Annual vaccination report of Bihar and Orissa - 1911-1928
Year: 1911
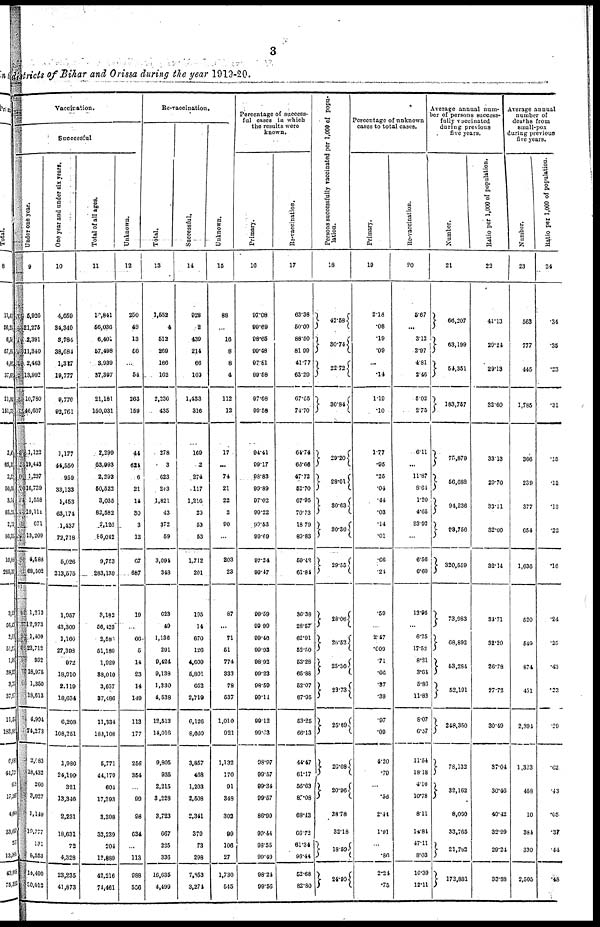
3
districts of Bihar and Orissa during the year 1919-20.
Vaccination.
Successful
Under one year.
9
5,926
21,275
2,391
11,340
2,463
13,992
10,780
46,607
1,122
19,443
1,237
16,739
1,558
19,111
671
13,209
4,588
68,502
1,213
12,973
1,409
23,712
932
18,975
1,350
18,613
4,904
74,273
2,083
18,432
260
3,027
1,140
10,777
131
8,553
14,400
30,012
One year and under six years.
10
4,659
34,340
3,784
38,684
1,327
19,777
9,776
92,761
1,177
44,550
959
33,133
1,453
63,174
1,437
72,718
5,026
213,575
1,957
43,309
1,166
27,398
972
18,910
2,119
18,634
6,208
108,251
1,980
24,199
321
13,346
2,231
18,631
72
4,328
23,235
41,873
Total of all ages.
11
10,841
56,036
6,401
57,498
3,939
37,397
21,181
150,031
2,299
63,993
2,293
50,522
3,035
82,582
2,126
56,042
9,753
283,139
3,182
56,423
2,581
51,189
1,929
38,010
3,637
37,486
11,334
183,108
5,771
44,179
604
17,393
3,398
32,239
204
12,889
42,216
74,461
Unknown.
12
250
49
13
56
...
54
263
159
44
624
6
21
14
30
3
12
67
687
19
...
66
5
14
23
14
149
113
177
256
354
...
99
98
634
...
113
988
566
Re-vaccination.
Total.
13
1,552
4
512
269
166
162
2,330
435
278
3
623
243
1,821
43
372
59
3,094
348
623
49
1,136
291
9,424
9,138
1,330
4,538
12,513
14,016
9,805
935
2,215
3,228
3,723
667
225
336
16,635
4,499
Successful.
14
928
2
439
214
66
100
1,433
316
169
2
274
117
1,216
20
53
53
1,712
201
195
14
670
126
4,609
5,801
652
2,719
6,126
8,660
3,857
468
1,203
2,508
2,341
379
73
298
7,853
3,274
Unknown.
15
88
...
16
8
8
4
112
12
17
...
74
21
22
2
90
...
203
23
87
...
71
51
774
333
78
537
1,010
921
1,132
170
91
348
302
99
106
27
1,730
545
Percentage of success-
ful cases in which
the results were
known.
Primary.
16
97.08
99.69
98.65
99.48
97.81
99.58
97.68
99.58
94.41
99.17
98.83
99.89
97.02
90.22
99.53
99.69
97.34
99.47
99.59
99.99
99.46
99.93
98.92
99.23
98.59
99.11
99.12
99.63
98.97
99.57
99.34
99.57
86.99
99.44
98.55
99.49
98.24
99.56
Re-vaccinations.
17
63.38
50.00
88.50
81.99
41.77
63.29
67.65
74.70
64.74
60.66
47.72
52.70
67.95
70.73
18.79
89.83
50.42
61.84
36.38
28.57
62.91
52.50
53.28
65.88
52.07
67.95
53.25
66.13
44.47
61.17
56.63
87.08
68.43
66.72
61.34
96.44
52.68
82.80
Persons successfully vaccinated per 1,000 of popu-
lation.
18
42.58
30.74
22.72
30.84
29.20
28.01
30.63
30.30
29.55
28.06
26.52
25.30
23.73
25.69
26.08
20.96
28.78
32.18
18.59
24.90
Percentage of unknown
cases to total cases.
Primary.
19
2.18
.08
.19
.09
...
.14
1.19
.10
1.77
.95
.25
.04
.44
.03
.14
.01
.66
.21
.59
...
2.47
.009
.71
.06
.37
.39
.97
.09
4.20
.79
...
.58
2.44
1.91
...
.86
2.24
.75
Re-vaccination.
20
5.67
...
3.12
2.97
4.81
2.46
5.02
2.75
6.11
...
11.87
8.64
1.20
4.65
23.92
...
6.56
6.60
13.96
...
6.25
17.52
8.21
3.64
5.86
11.83
8.07
6.57
11.54
18.18
4.10
10.78
8.11
14.81
47.11
8.03
10.39
12.11
Average annual num-
ber of persons success-
fully vaccinated
during previous
five years.
Number.
21
66,207
63,199
54,351
183,757
75,879
56,088
94,236
98,756
320,559
73,983
68,892
53,284
52,191
248,350
78,132
32,162
8,060
33,765
21,762
173,881
Ratio per 1,000 of population.
22
41.13
29.24
29.13
32.60
33.13
20.70
33.11
32.00
32.14
34.71
32.20
26.78
27.72
30.49
37.04
30.46
40.42
32.99
29.24
33.88
Average annual
number of
deaths from
small-pox
during previous
five years.
Number.
23
563
777
445
1,785
366
239
377
654
1,636
520
549
874
451
2,394
1,323
458
10
384
330
2,505
Ratio per 1,000 of population.
24
.34
.35
.23
.31
.15
.12
.13
.22
.16
.24
.25
.43
.23
.29
.62
.43
.05
.31
.44
.48